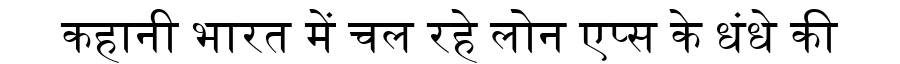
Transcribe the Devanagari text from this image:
कहानी भारत में चल रहे लोन एप्स के धंधे की